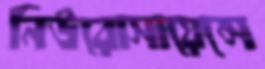
নিউরোসায়েন্সে